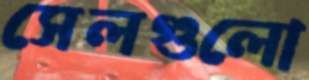
সেলগুলো